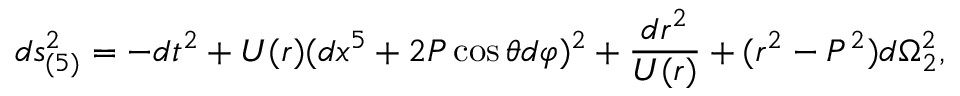
d s _ { ( 5 ) } ^ { 2 } = - d t ^ { 2 } + U ( r ) ( d x ^ { 5 } + 2 P \cos \theta d \varphi ) ^ { 2 } + { \frac { d r ^ { 2 } } { U ( r ) } } + ( r ^ { 2 } - P ^ { 2 } ) d \Omega _ { 2 } ^ { 2 } ,